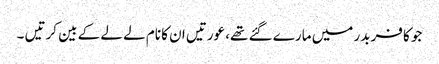
جو کافر بدر میں مارے گئے تھے، عورتیں ان کا نام لے لے کے بین کرتیں ۔